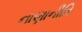
નાણાનીતિ